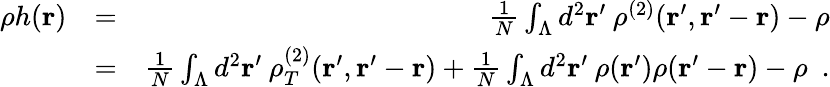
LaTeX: \begin{array}{rlr}{\rho h({\mathbf r})}&{=}&{\frac{1}{N}\int_{\Lambda}d^{2}{\mathbf r}^{\prime}\: \rho^{(2)}({\mathbf r}^{\prime},{\mathbf r}^{\prime}-{\mathbf r})-\rho}\\ &{=}&{\frac{1}{N}\int_{\Lambda}d^{2}{\mathbf r}^{\prime}\: \rho_{T}^{(2)}({\mathbf r}^{\prime},{\mathbf r}^{\prime}-{\mathbf r})+\frac{1}{N}\int_{\Lambda}d^{2}{\mathbf r}^{\prime}\: \rho({\mathbf r}^{\prime})\rho({\mathbf r}^{\prime}-{\mathbf r})-\rho~~.}\end{array}